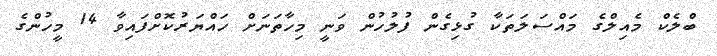
ބްލެކް މެއިލްގެ މައްސަލަތަކާ ގުޅިގެން ފުލުހުން ވަނީ މިހާތަނަށް ހައްޔަރުކޮށްފައިވާ 14 މީހުންގެ